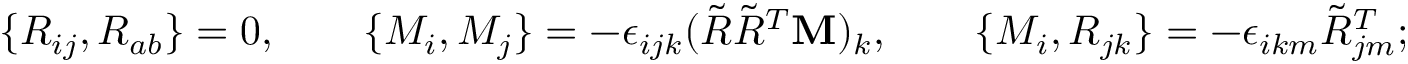
\begin{array} { r } { \{ R _ { i j } , R _ { a b } \} = 0 , \qquad \{ M _ { i } , M _ { j } \} = - \epsilon _ { i j k } ( \tilde { R } \tilde { R } ^ { T } { \bf M } ) _ { k } , \qquad \{ M _ { i } , R _ { j k } \} = - \epsilon _ { i k m } \tilde { R } _ { j m } ^ { T } ; } \end{array}